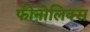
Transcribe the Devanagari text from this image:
फीऩोलिक्स